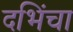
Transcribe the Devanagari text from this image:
दभिंचा